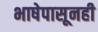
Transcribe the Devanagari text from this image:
भाषेपासूनही